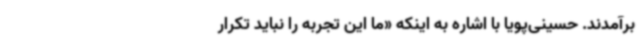
برآمدند. حسینی‌پویا با اشاره به اینکه «ما این تجربه را نباید تکرار